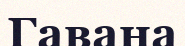
Гавана